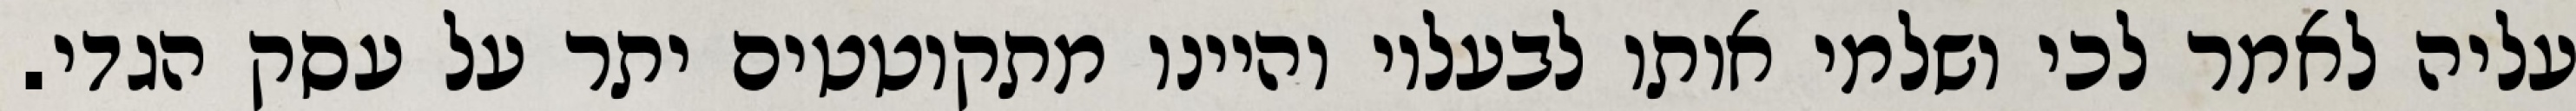
עליה לאמר לכי ושלמי אותו לבעליו והיינו מתקוטטים יתר על עסק הגדי.